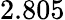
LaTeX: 2.805